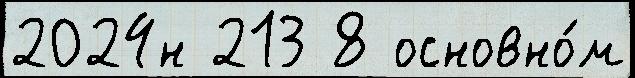
2024н 213 8 основно́м